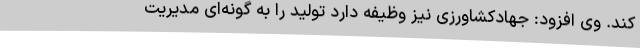
کند. وی افزود: جهادکشاورزی نیز وظیفه دارد تولید را به گونه‌ای مدیریت